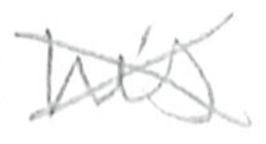
Text: his
Cross-out: cross
Writing tool: pencil